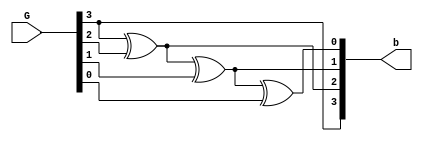

module graytobin(input [3:0] G,output [3:0]b);
   assign b[3] = G[3];
   assign b[2] = G[3] ^ G[2];
   assign b[1] = G[3] ^ G[2] ^ G[1];
   assign b[0] = G[3] ^ G[2] ^ G[1] ^ G[0];
endmodule